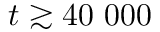
t \gtrsim 4 0 ~ 0 0 0